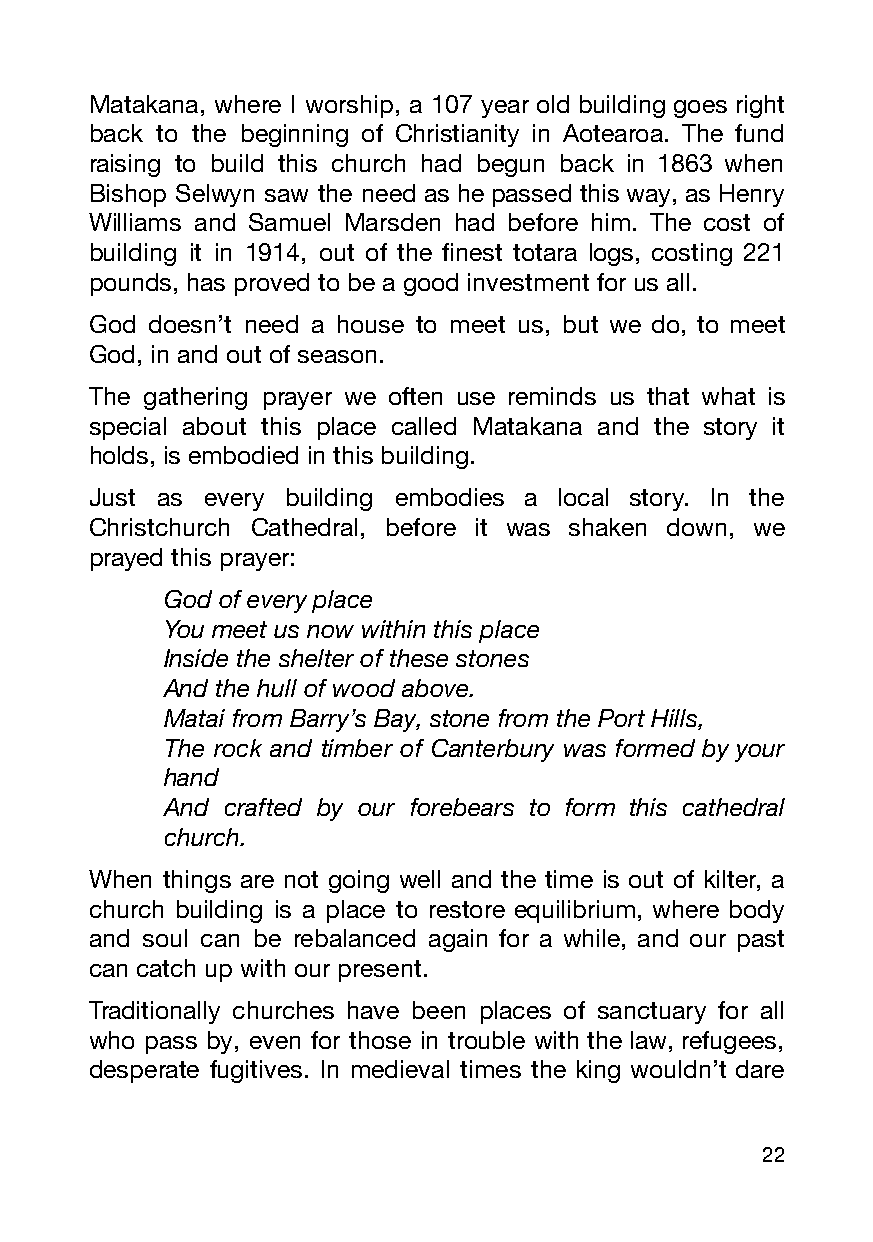
Matakana, where I worship, a 107 year old building goes right
 back to the beginning of Christianity in Aotearoa. The fund
 raising to build this church had begun back in 1863 when
 Bishop Selwyn saw the need as he passed this way, as Henry
 Williams and Samuel Marsden had before him. The cost of
 building it in 1914, out of the finest totara logs, costing 221
 pounds, has proved to be a good investment for us all.
 God doesn’t need a house to meet us, but we do, to meet
 God, in and out of season.
 The gathering prayer we often use reminds us that what is
 special about this place called Matakana and the story it
 holds, is embodied in this building.
 Just as every building embodies a local story. In the
 Christchurch Cathedral, before it was shaken down, we
 prayed this prayer:
 God of every place
 You meet us now within this place
 Inside the shelter of these stones
 And the hull of wood above.
 Matai from Barry’s Bay, stone from the Port Hills,
 The rock and timber of Canterbury was formed by your
 hand
 And crafted by our forebears to form this cathedral
 church.
 When things are not going well and the time is out of kilter, a
 church building is a place to restore equilibrium, where body
 and soul can be rebalanced again for a while, and our past
 can catch up with our present.
 Traditionally churches have been places of sanctuary for all
 who pass by, even for those in trouble with the law, refugees,
 desperate fugitives. In medieval times the king wouldn’t dare
 22